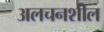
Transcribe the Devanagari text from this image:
अलचनशील